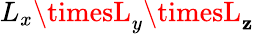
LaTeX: L_{x}\timesL_{y}\timesL_{\mathbf{z}}